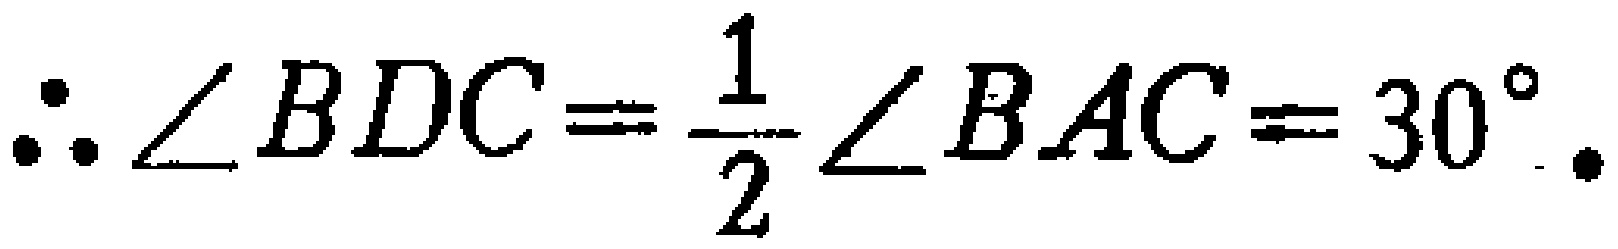
\(\therefore \angle BDC=\frac{1}{2}\angle BAC = 30^{\circ}.\)